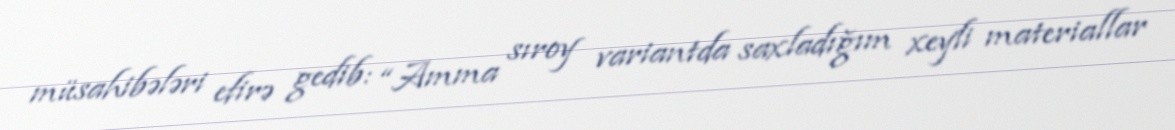
müsahibələri efirə gedib: “Amma sıroy variantda saxladığım xeyli materiallar